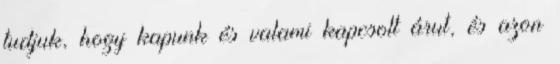
tudjuk, hogy kapunk és valami kapcsolt árut, és azon